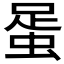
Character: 𧋩